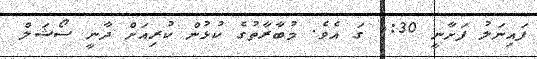
ފައިނަލު ފަށާނީ 4:30 ގަ އެވެ. މުބާރާތުގެ ކުޅުން ކުރިއަށް ދާނީ ސޯޝަލް